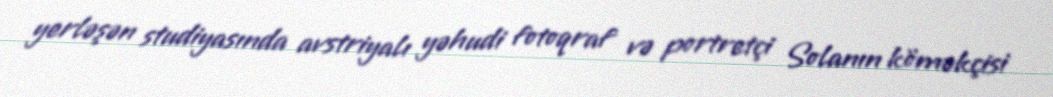
yerləşən studiyasında avstriyalı yəhudi fotoqraf və portretçi Solanın köməkçisi